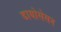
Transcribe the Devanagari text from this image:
डायोसेसन